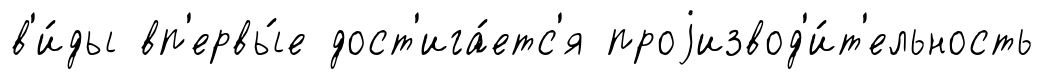
в'и́ды вп'ервы́е дост'ига́етс'я проjизвод'и́т'ельность